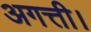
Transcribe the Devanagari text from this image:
अगत्ती।